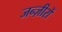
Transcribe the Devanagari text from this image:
जन्ज़ीरों